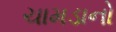
ચામડાનો